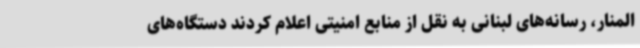
المنار، رسانه‌های لبنانی به نقل از منابع امنیتی اعلام کردند دستگاه‌های